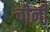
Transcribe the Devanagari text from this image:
चीऩी